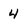
Character: 4